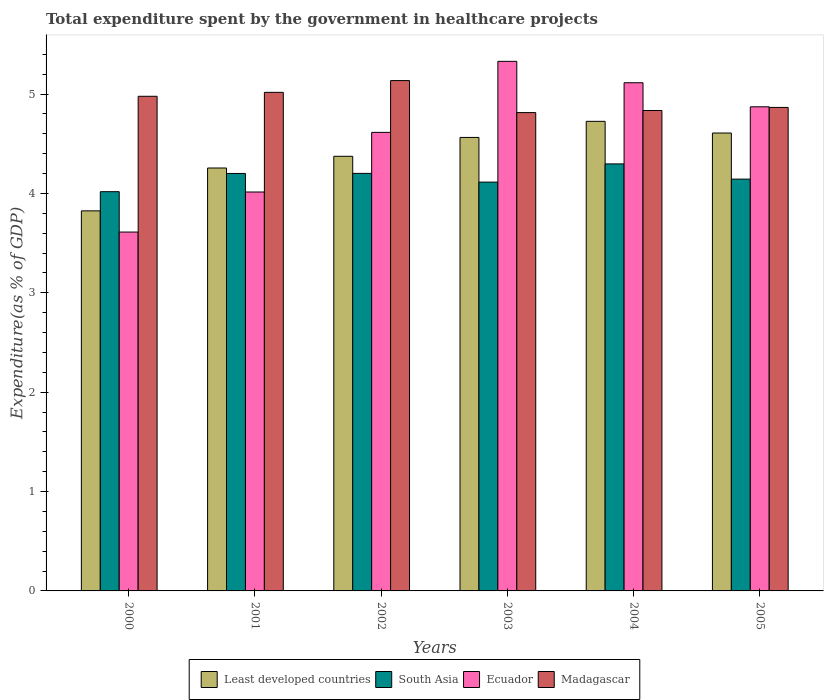
| Years | Least developed countries | South Asia | Ecuador | Madagascar |
 | --- | --- | --- | --- | --- |
 | 2000 | 3.82 | 4.02 | 3.61 | 4.98 |
 | 2001 | 4.26 | 4.2 | 4.01 | 5.02 |
 | 2002 | 4.37 | 4.2 | 4.61 | 5.14 |
 | 2003 | 4.56 | 4.11 | 5.33 | 4.81 |
 | 2004 | 4.72 | 4.3 | 5.11 | 4.83 |
 | 2005 | 4.61 | 4.14 | 4.87 | 4.86 |